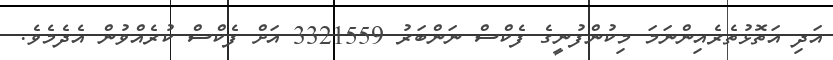
އަދި އަތޮޅުތެރެއިންނަމަ މިކުންފުނީގެ ފެކްސް ނަންބަރު 3321559 އަށް ފެކްސް ކުރެއްވުން އެދެމެވެ.